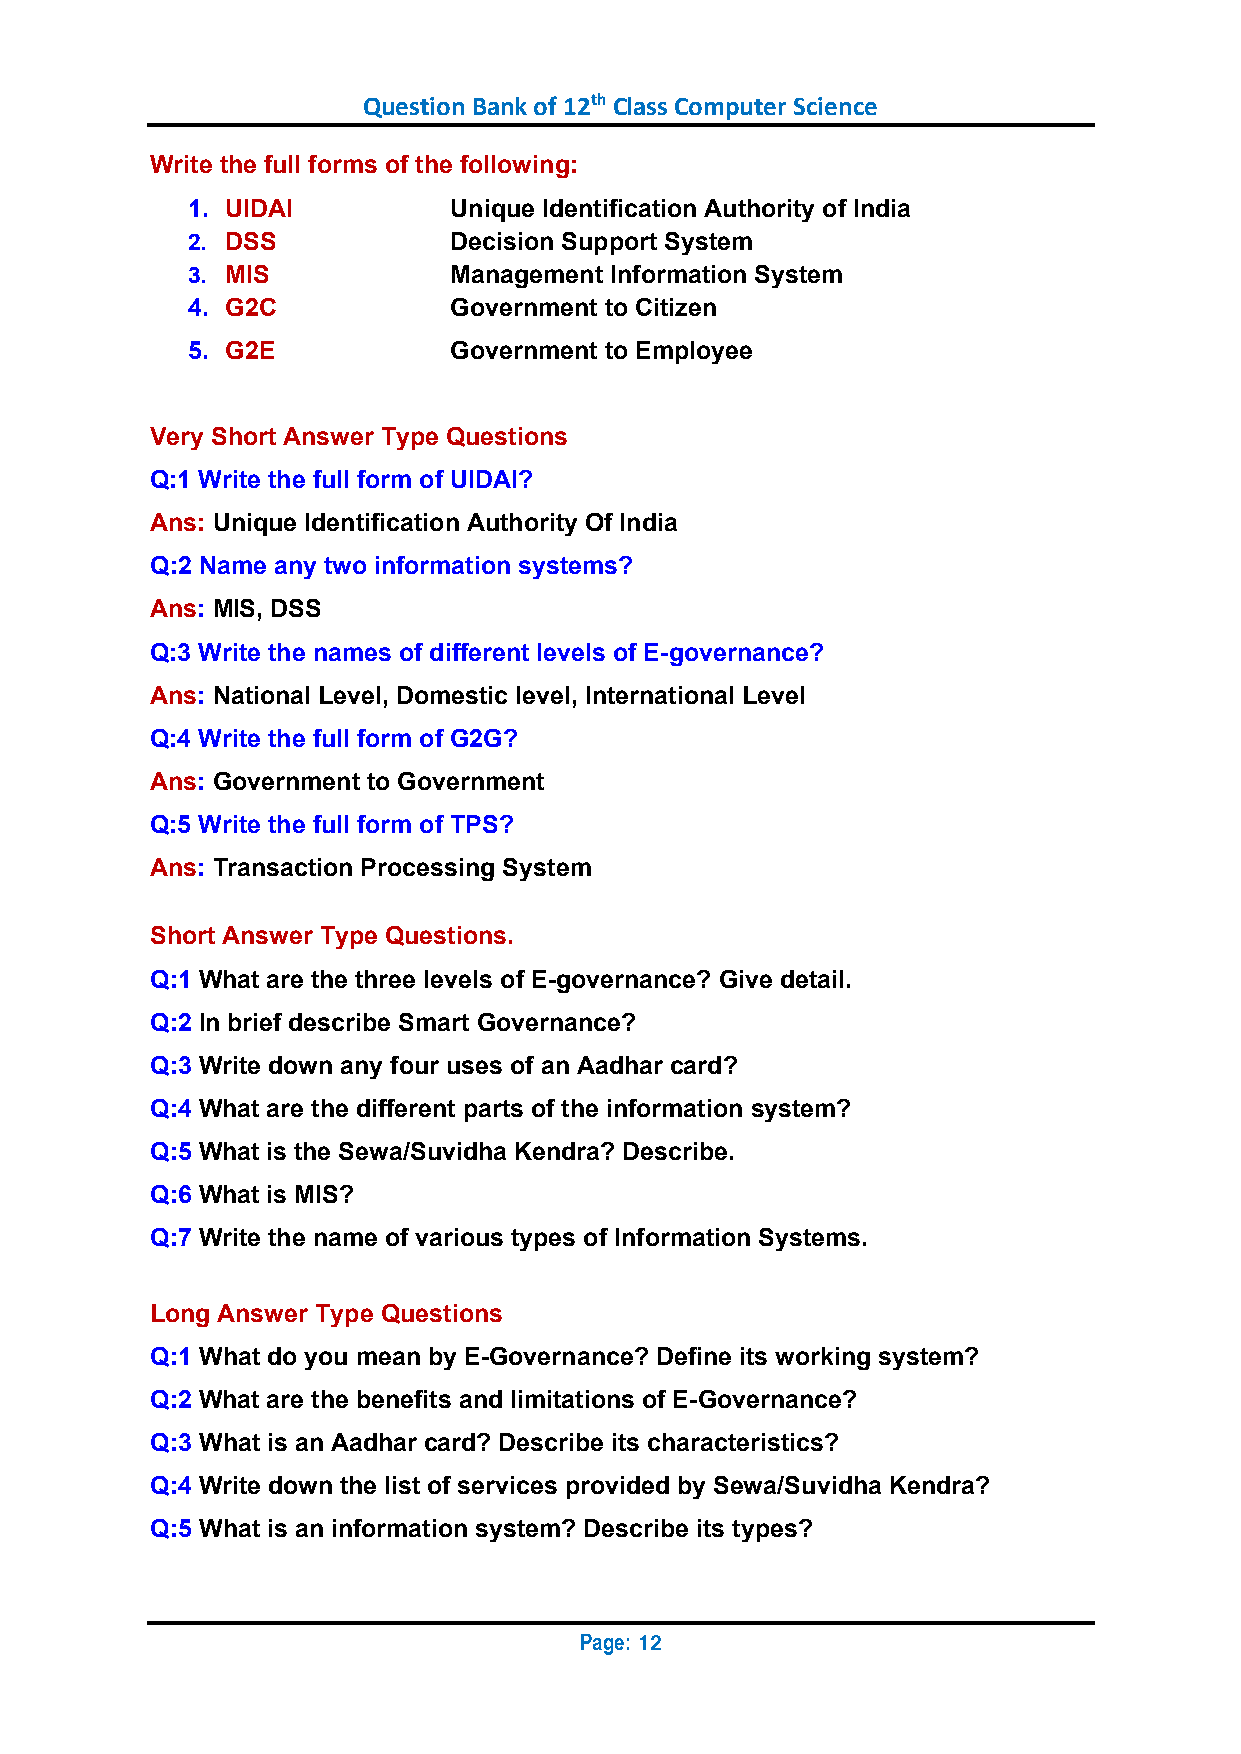
Question Bank of 12th Class Computer Science
 Write the full forms of the following:
 1. UIDAI          Unique Identification Authority of India
 2. DSS            Decision Support System
 3. MIS            Management Information System
 4. G2C            Government to Citizen
 5. G2E            Government to Employee
 Very Short Answer Type Questions
 Q:1 Write the full form of UIDAI?
 Ans: Unique Identification Authority Of India
 Q:2 Name any two information systems?
 Ans: MIS, DSS
 Q:3 Write the names of different levels of E-governance?
 Ans: National Level, Domestic level, International Level
 Q:4 Write the full form of G2G?
 Ans: Government to Government
 Q:5 Write the full form of TPS?
 Ans: Transaction Processing System
 Short Answer Type Questions.
 Q:1 What are the three levels of E-governance? Give detail.
 Q:2 In brief describe Smart Governance?
 Q:3 Write down any four uses of an Aadhar card?
 Q:4 What are the different parts of the information system?
 Q:5 What is the Sewa/Suvidha Kendra? Describe.
 Q:6 What is MIS?
 Q:7 Write the name of various types of Information Systems.
 Long Answer Type Questions
 Q:1 What do you mean by E-Governance? Define its working system?
 Q:2 What are the benefits and limitations of E-Governance?
 Q:3 What is an Aadhar card? Describe its characteristics?
 Q:4 Write down the list of services provided by Sewa/Suvidha Kendra?
 Q:5 What is an information system? Describe its types?
 Page:
 12